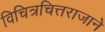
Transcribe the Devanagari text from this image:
विचित्रचित्तराजाने